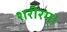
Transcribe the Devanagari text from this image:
शरीरम्।